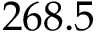
2 6 8 . 5